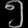
Digit: ၅